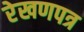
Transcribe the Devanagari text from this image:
रेखणपत्र